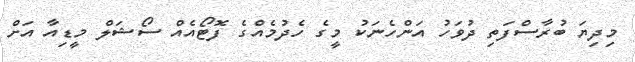
މިދިޔަ ބުރާސްފަތި ދުވަހު އަންހެނަކު މީގެ ހެދުމެއްގެ ފޮޓޯއެއް ސޯޝަލް މީޑިއާ އަށް